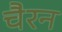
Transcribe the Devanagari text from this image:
चैरन